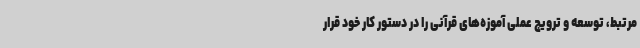
مرتبط، توسعه و ترویج عملی آموزه‌های قرآنی را در دستور کار خود قرار